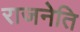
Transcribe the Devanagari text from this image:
राजनेति